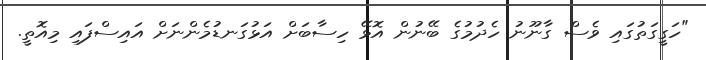
"ހަގީގަތުގައި ވެސް ގާނޫނު ހެދުމުގެ ބޭނުން އޮޅޭ ހިސާބަށް އަޅުގަނޑުމެންނަށް އައިސްފައި މިއޮތީ.